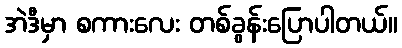
အဲဒီမှာ စကားလေး တစ်ခွန်းပြောပါတယ်။